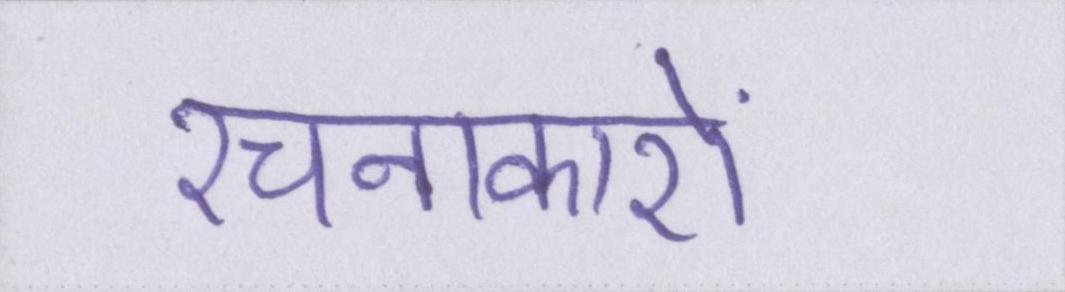
रचनाकारों